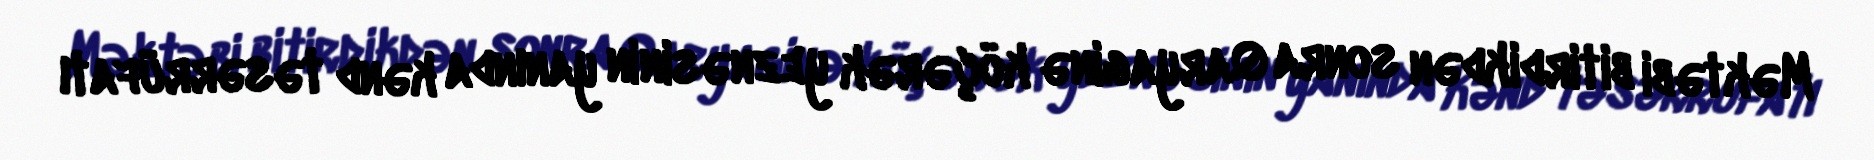
Məktəbi bitirdikdən sonra Qaryaginə köçərək yeznəsinin yanında kənd təsərrüfatı